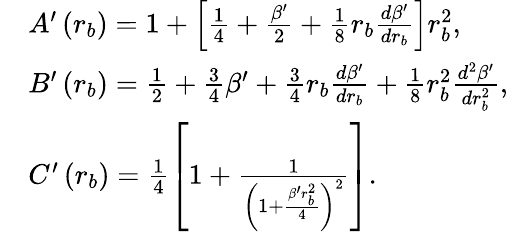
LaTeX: \begin{array}{rl}&{A^{\prime}\left(r_{b}\right)=1+\left[\frac{1}{4}+\frac{\beta^{\prime}}{2}+\frac{1}{8}r_{b}\frac{d\beta^{\prime}}{dr_{b}}\right]r_{b}^{2},}\\ &{B^{\prime}\left(r_{b}\right)=\frac{1}{2}+\frac{3}{4}\beta^{\prime}+\frac{3}{4}r_{b}\frac{d\beta^{\prime}}{dr_{b}}+\frac{1}{8}r_{b}^{2}\frac{d^{2}\beta^{\prime}}{dr_{b}^{2}},}\\ &{C^{\prime}\left(r_{b}\right)=\frac{1}{4}\left[1+\frac{1}{\left(1+\frac{\beta^{\prime}r_{b}^{2}}{4}\right)^{2}}\right].}\end{array}